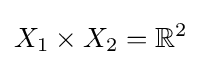
X_{1}\times X_{2}=\mathbb {R} ^{2}